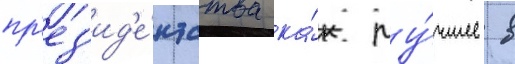
пр'ез'ид'е́нтства ка́к лу́чшее в